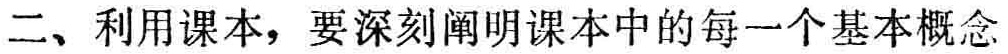
二、利用课本，要深刻阐明课本中的每一个基本概念